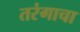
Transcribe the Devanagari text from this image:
तरंगाचा